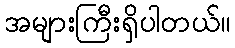
အများကြီးရှိပါတယ်။